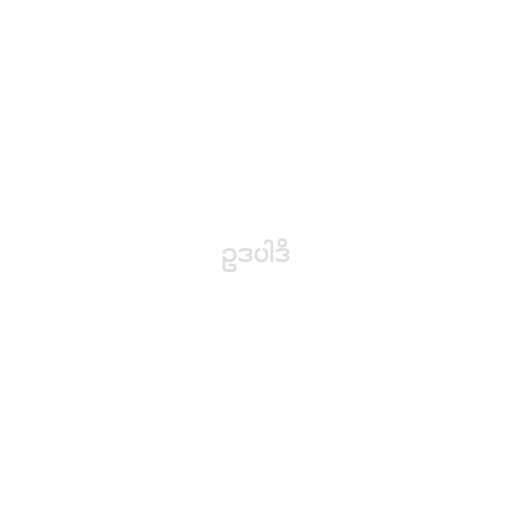
ဥဒပါဒိ